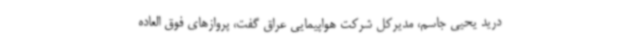
درید یحیی جاسم، مدیرکل شرکت هواپیمایی عراق گفت، پروازهای فوق العاده